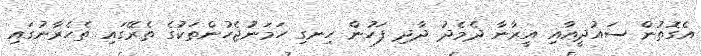
އެގޮތުން ސައުދީއާއި އީރާނާ ދެމެދު ދާދި ފަހުން ހިނގި ހަމަނުޖެހުންތަކުގެ ތެރޭގައި ތެހެރާނުގައި